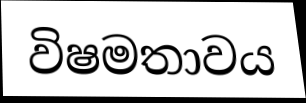
විෂමතාවය